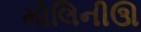
મોલિનીઊ